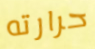
حرارته